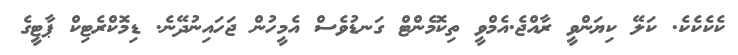
ކެކެކެކެ. ކަލޭ ކިޔަންވީ ރާއްޖެ.އެމްވީ ތިކޮމެންޓް ގަނޑުވެސް އެމީހުން ޖަހައިނުދޭނެ. ޑިމޮކްރެޓިކް ޕާޓީގެ